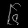
Digit: ၆